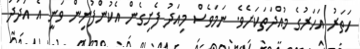
ހަތަރު އަހަރުގެ މުއްދަތަކަށެވެ. ނަމަވެސް މިއަދު ފެށިގެން އެކުންފުނިން ވަނީ އެ އަދަދު